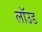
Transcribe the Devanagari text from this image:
लॉउड